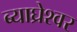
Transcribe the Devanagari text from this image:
ब्याघ्रेश्वर